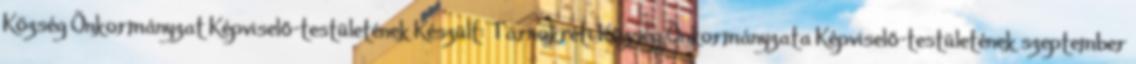
Község Önkormányzat Képviselő-testületének Készült: Tárnokréti Község Önkormányzata Képviselő-testületének szeptember